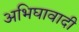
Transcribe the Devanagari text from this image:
अभिघावादी